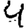
Digit: 4